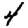
Digit: 4